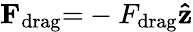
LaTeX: \mathbf{F}_{\mathrm{drag}}{=}-F_{\mathrm{drag}}\mathbf{\hat{z}}